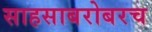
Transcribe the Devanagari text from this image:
साहसाबरोबरच